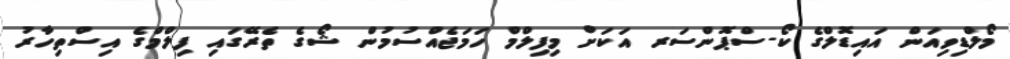
މޯލްޑިވިއަން އައިޑޮލްގެ ކޯ-ސްޕޮންސަރ އަކަށް މިފިލްމް ހަމަޖެއްސުމުން ޝޯގެ ތެރޭގައި ފިލްމްގެ އިސްތިހާރު